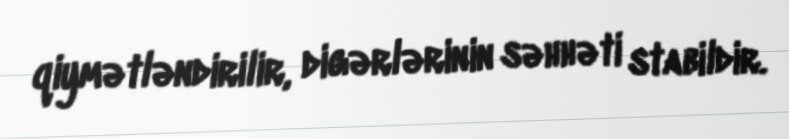
qiymətləndirilir, digərlərinin səhhəti stabildir.